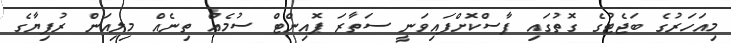
މިއަހަރުގެ ބަޖެޓުގެ ގޮތުގައި ފާސްކޮށްފައިވަނީ ސަތާރަ ޕޮއިންޓް ސުމެއް ތިނެއް މިލިއަން ރުފިޔާގެ